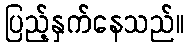
ပြည့်နှက်နေသည်။